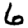
Digit: 6